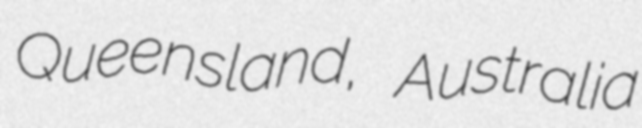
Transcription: Queensland, Australia